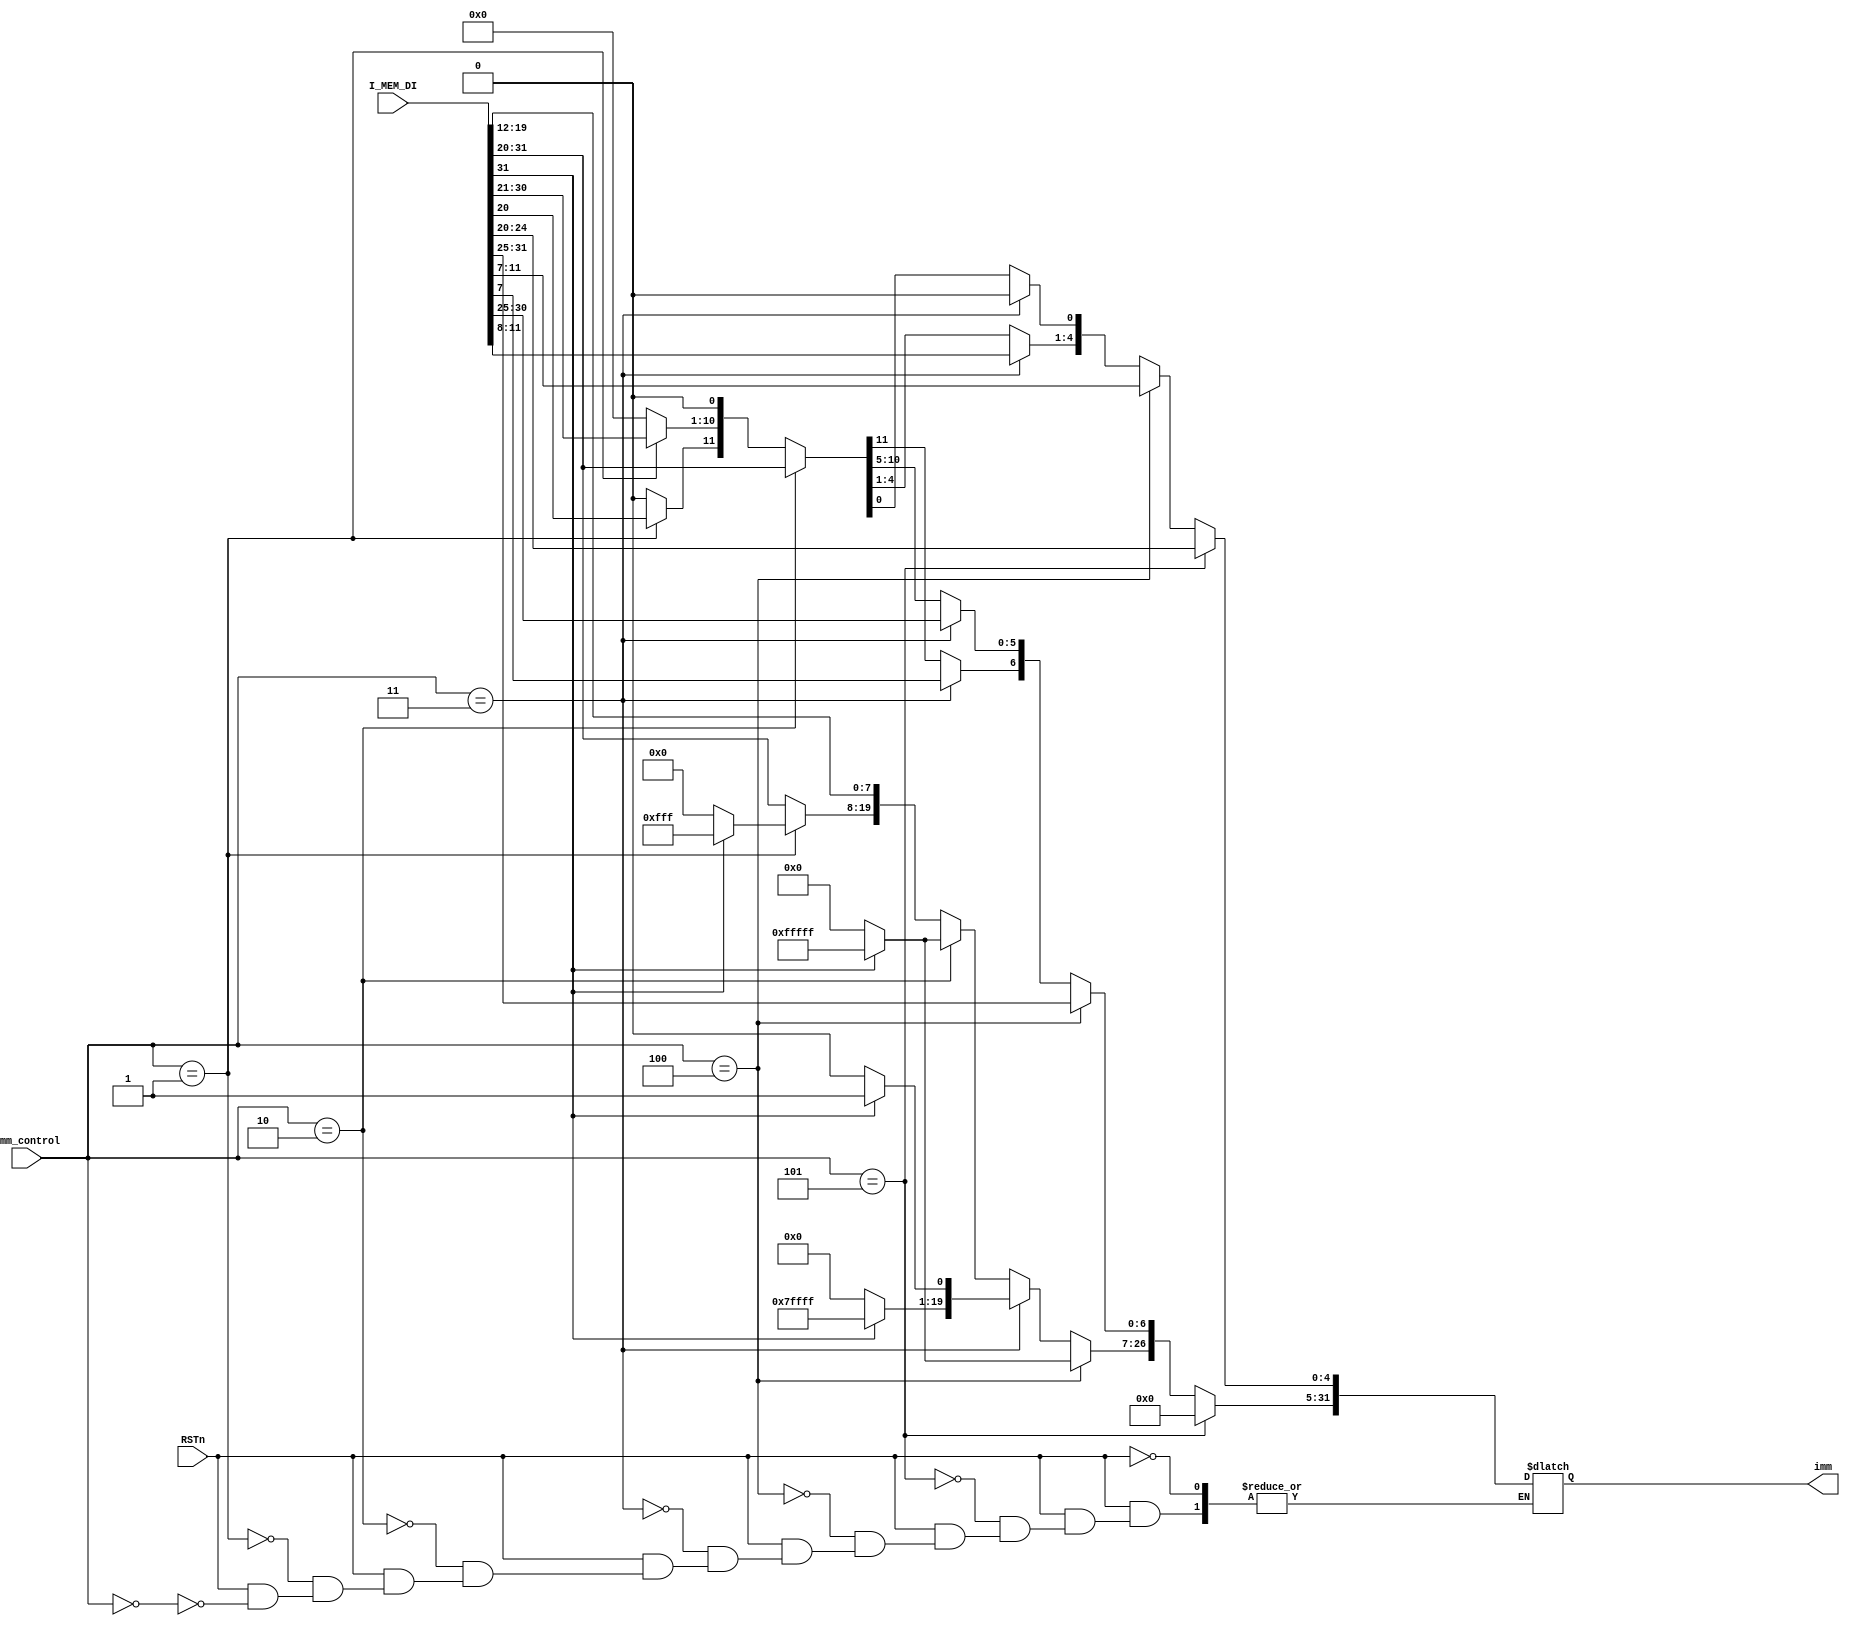
module ImmGen(
    input wire RSTn,
    input wire [2:0] imm_control,
    input wire [31:0] I_MEM_DI,
    output wire [31:0] imm
);

reg[31:0] imm_reg;
assign imm = imm_reg;

always@(*) begin
    if(RSTn == 1) begin
        if(imm_control == 3'b000) begin
            //U-type
            imm_reg[31:12] = I_MEM_DI[31:12];
            imm_reg[11:0] = 12'b000000000000;
        end

        if(imm_control == 3'b001 ) begin
            // J-type (JAL)
            imm_reg[0] = 0;
            imm_reg[20] = I_MEM_DI[31];
            imm_reg[19:12] = I_MEM_DI[19:12];
            imm_reg[11] = I_MEM_DI[20];
            imm_reg[10:1] = I_MEM_DI[30:21];
            if(I_MEM_DI[31] == 1) begin
                imm_reg[31:20] = 12'b111111111111;
            end
            else begin
                imm_reg[31:20] = 12'b000000000000;
            end
        end
        
        if(imm_control == 3'b010) begin
            //I-type and JALR() and L-type
            imm_reg[11:0] = I_MEM_DI[31:20];
            if(I_MEM_DI[31]==1) begin
                imm_reg[31:12] = 20'b11111111111111111111;
            end
            else begin
                imm_reg[31:12] = 20'b00000000000000000000;
            end
        end
        if(imm_control == 3'b011) begin
            //B-type
            imm_reg[0] = 0;
            imm_reg[4:1] = I_MEM_DI[11:8];
            imm_reg[10:5] = I_MEM_DI[30:25];
            imm_reg[11] = I_MEM_DI[7];
            imm_reg[12] = I_MEM_DI[31];
            if(I_MEM_DI[31] == 1) begin
                imm_reg[31:13] = 20'b11111111111111111111;
            end
            else begin
                imm_reg[31:12] = 20'b00000000000000000000;
            end
        end
        if(imm_control == 3'b100) begin
            //S-type
            imm_reg[4:0] = I_MEM_DI[11:7];
            imm_reg[11:5] = I_MEM_DI[31:25];
            if(I_MEM_DI[31] == 1) begin
                imm_reg[31:12] = 20'b11111111111111111111;
            end
            else begin
                imm_reg[31:12] = 20'b00000000000000000000;
            end
        end
        if(imm_control == 3'b101) begin
            //Shift, SLLI, SRLI, SRAI
            imm_reg[4:0] = I_MEM_DI[24:20];
            imm_reg[31:5] = 27'b000000000000000000000000000;
        end
    end
end

endmodule